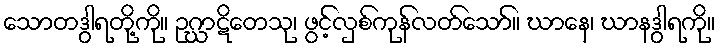
သောတဒွါရတို့ကို။ ဥဂ္ဃာဋိတေသု၊ ဖွင့်လှစ်ကုန်လတ်သော်။ ဃာနေ၊ ဃာနဒွါရကို။